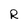
Character: R